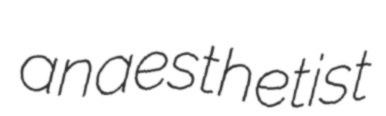
anaesthetist